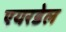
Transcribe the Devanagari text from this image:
एयरडेल